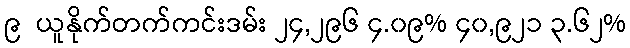
၉  ယူနိုက်တက်ကင်းဒမ်း ၂၄,၂၉၆ ၄.၀၉% ၄၀,၉၂၁ ၃.၆၂%